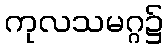
ကုလသမဂ္ဂ၌